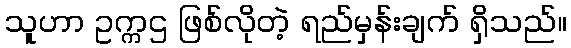
သူဟာ ဥက္ကဌ ဖြစ်လိုတဲ့ ရည်မှန်းချက် ရှိသည်။